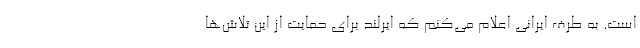
است. به طرف ایرانی اعلام می‌کنم که ایرلند برای حمایت از این تلاش‌ها